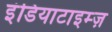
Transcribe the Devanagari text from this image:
इंडियाटाइम्‍ज़